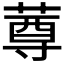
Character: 𰱫